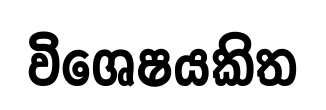
විශෙෂයකිත